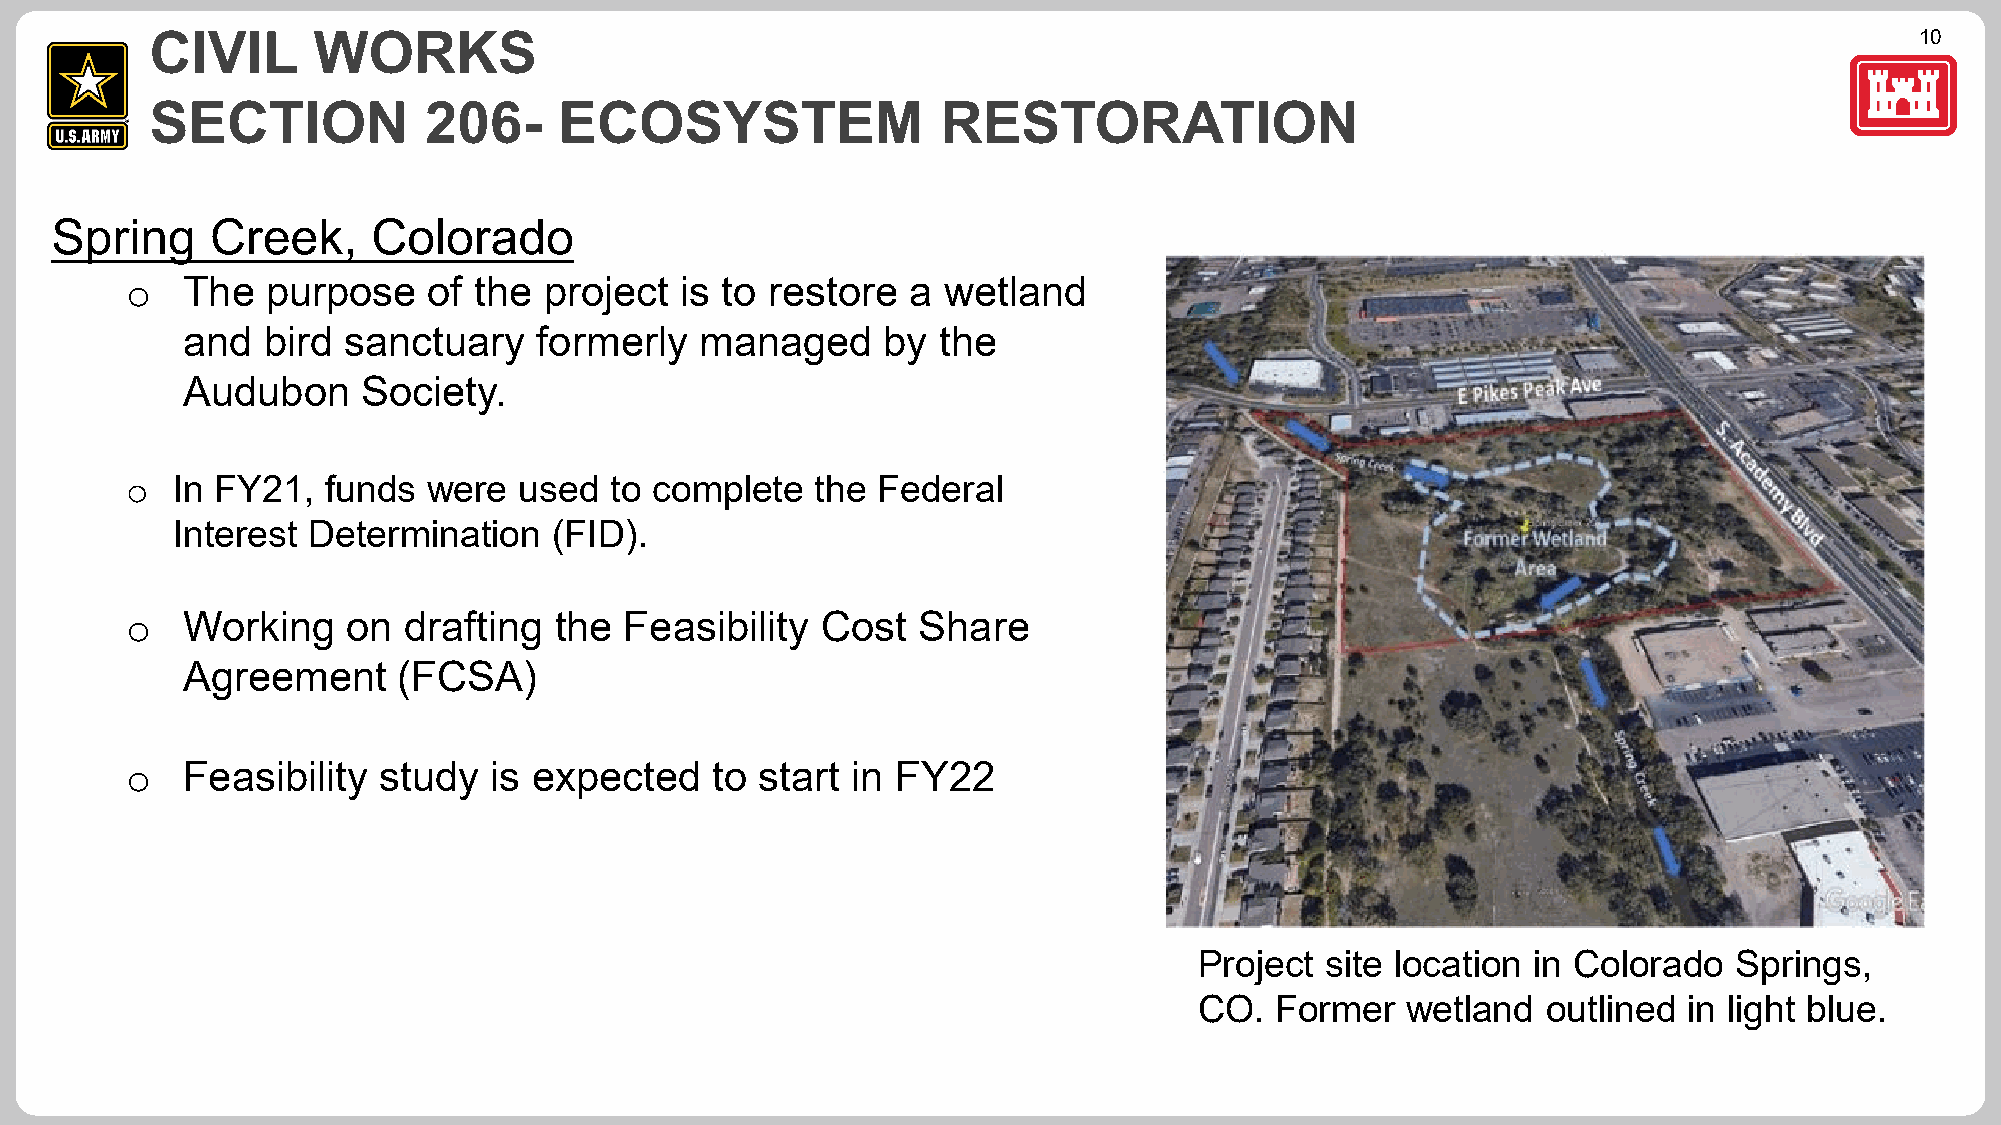
10
 CIVIL      WORKS
 SECTION           206-     ECOSYSTEM                RESTORATION
 Spring     Creek,     Colorado
 The   purpose   of the  project  is to restore  a wetland
 o
 and  bird  sanctuary    formerly  managed     by  the
 Audubon     Society.
 In FY21,   funds were  used  to complete   the Federal
 o
 Interest Determination    (FID).
 Working    on  drafting  the Feasibility  Cost   Share
 o
 Agreement     (FCSA)
 Feasibility  study  is expected    to start in FY22
 o
 Project  site location in Colorado  Springs,
 CO.  Former   wetland  outlined  in light blue.